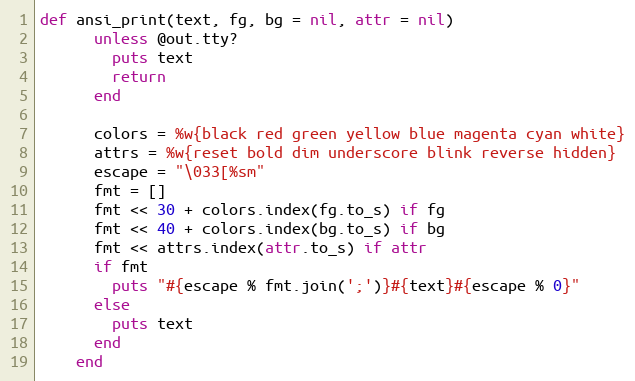
Language: Ruby
def ansi_print(text, fg, bg = nil, attr = nil)
      unless @out.tty?
        puts text
        return
      end

      colors = %w{black red green yellow blue magenta cyan white}
      attrs = %w{reset bold dim underscore blink reverse hidden}
      escape = "\033[%sm"
      fmt = []
      fmt << 30 + colors.index(fg.to_s) if fg
      fmt << 40 + colors.index(bg.to_s) if bg
      fmt << attrs.index(attr.to_s) if attr
      if fmt
        puts "#{escape % fmt.join(';')}#{text}#{escape % 0}"
      else
        puts text
      end
    end